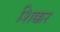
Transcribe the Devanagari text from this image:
शिक्कर